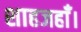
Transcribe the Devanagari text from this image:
शाहजहाँ।